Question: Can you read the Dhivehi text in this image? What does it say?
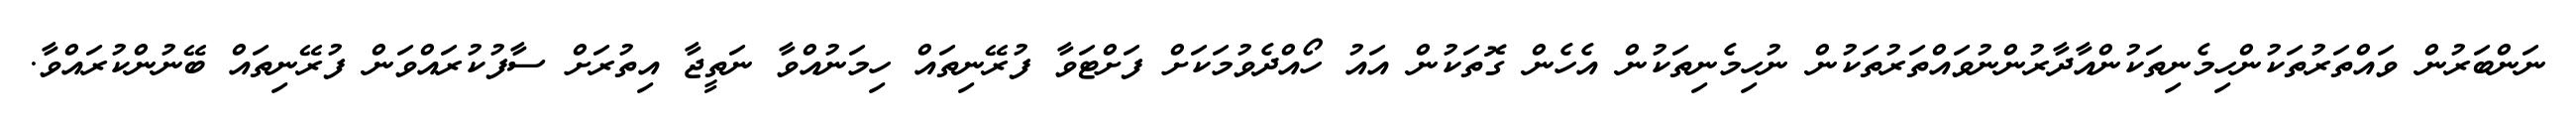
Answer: ނަންބަރުން ވައްތަރުތަކުންހިމެނިތަކުންއާދާރުންނުވައްތަރުތަކުން ނުހިމެނިތަކުން އެހެން ގޮތަކުން އައު ހޯއްދެވުމަކަށް ފަށްޓަވާ ފުރޭނިތައް ހިމަނުއްވާ ނަތީޖާ އިތުރަށް ސާފުކުރައްވަން ފުރޭނިތައް ބޭނުންކުރައްވާ.